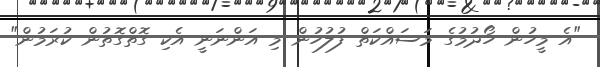
"އެ މީހުން ހޯދުމުގެ މަސައްކަތް ފުލުހުން މި އަންނަނީ އެކި ގޮތްގޮތުން ކުރަމުން"